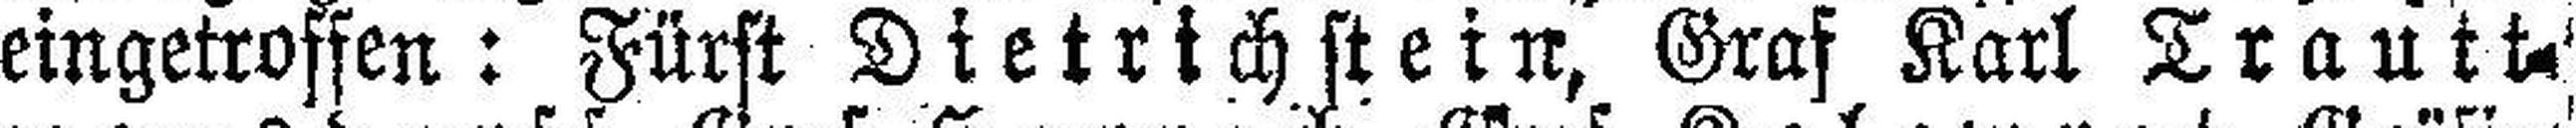
eingetroffen: Fürst Dietrichstein, Graf Karl Trautt¬